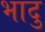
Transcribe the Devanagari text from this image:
भादु